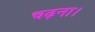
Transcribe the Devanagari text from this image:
चढ़ना।